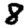
Digit: 8